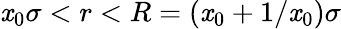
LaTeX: \mathit{x}_{0}\sigma<r<R=(\mathit{x}_{0}+1/\mathit{x}_{0})\sigma